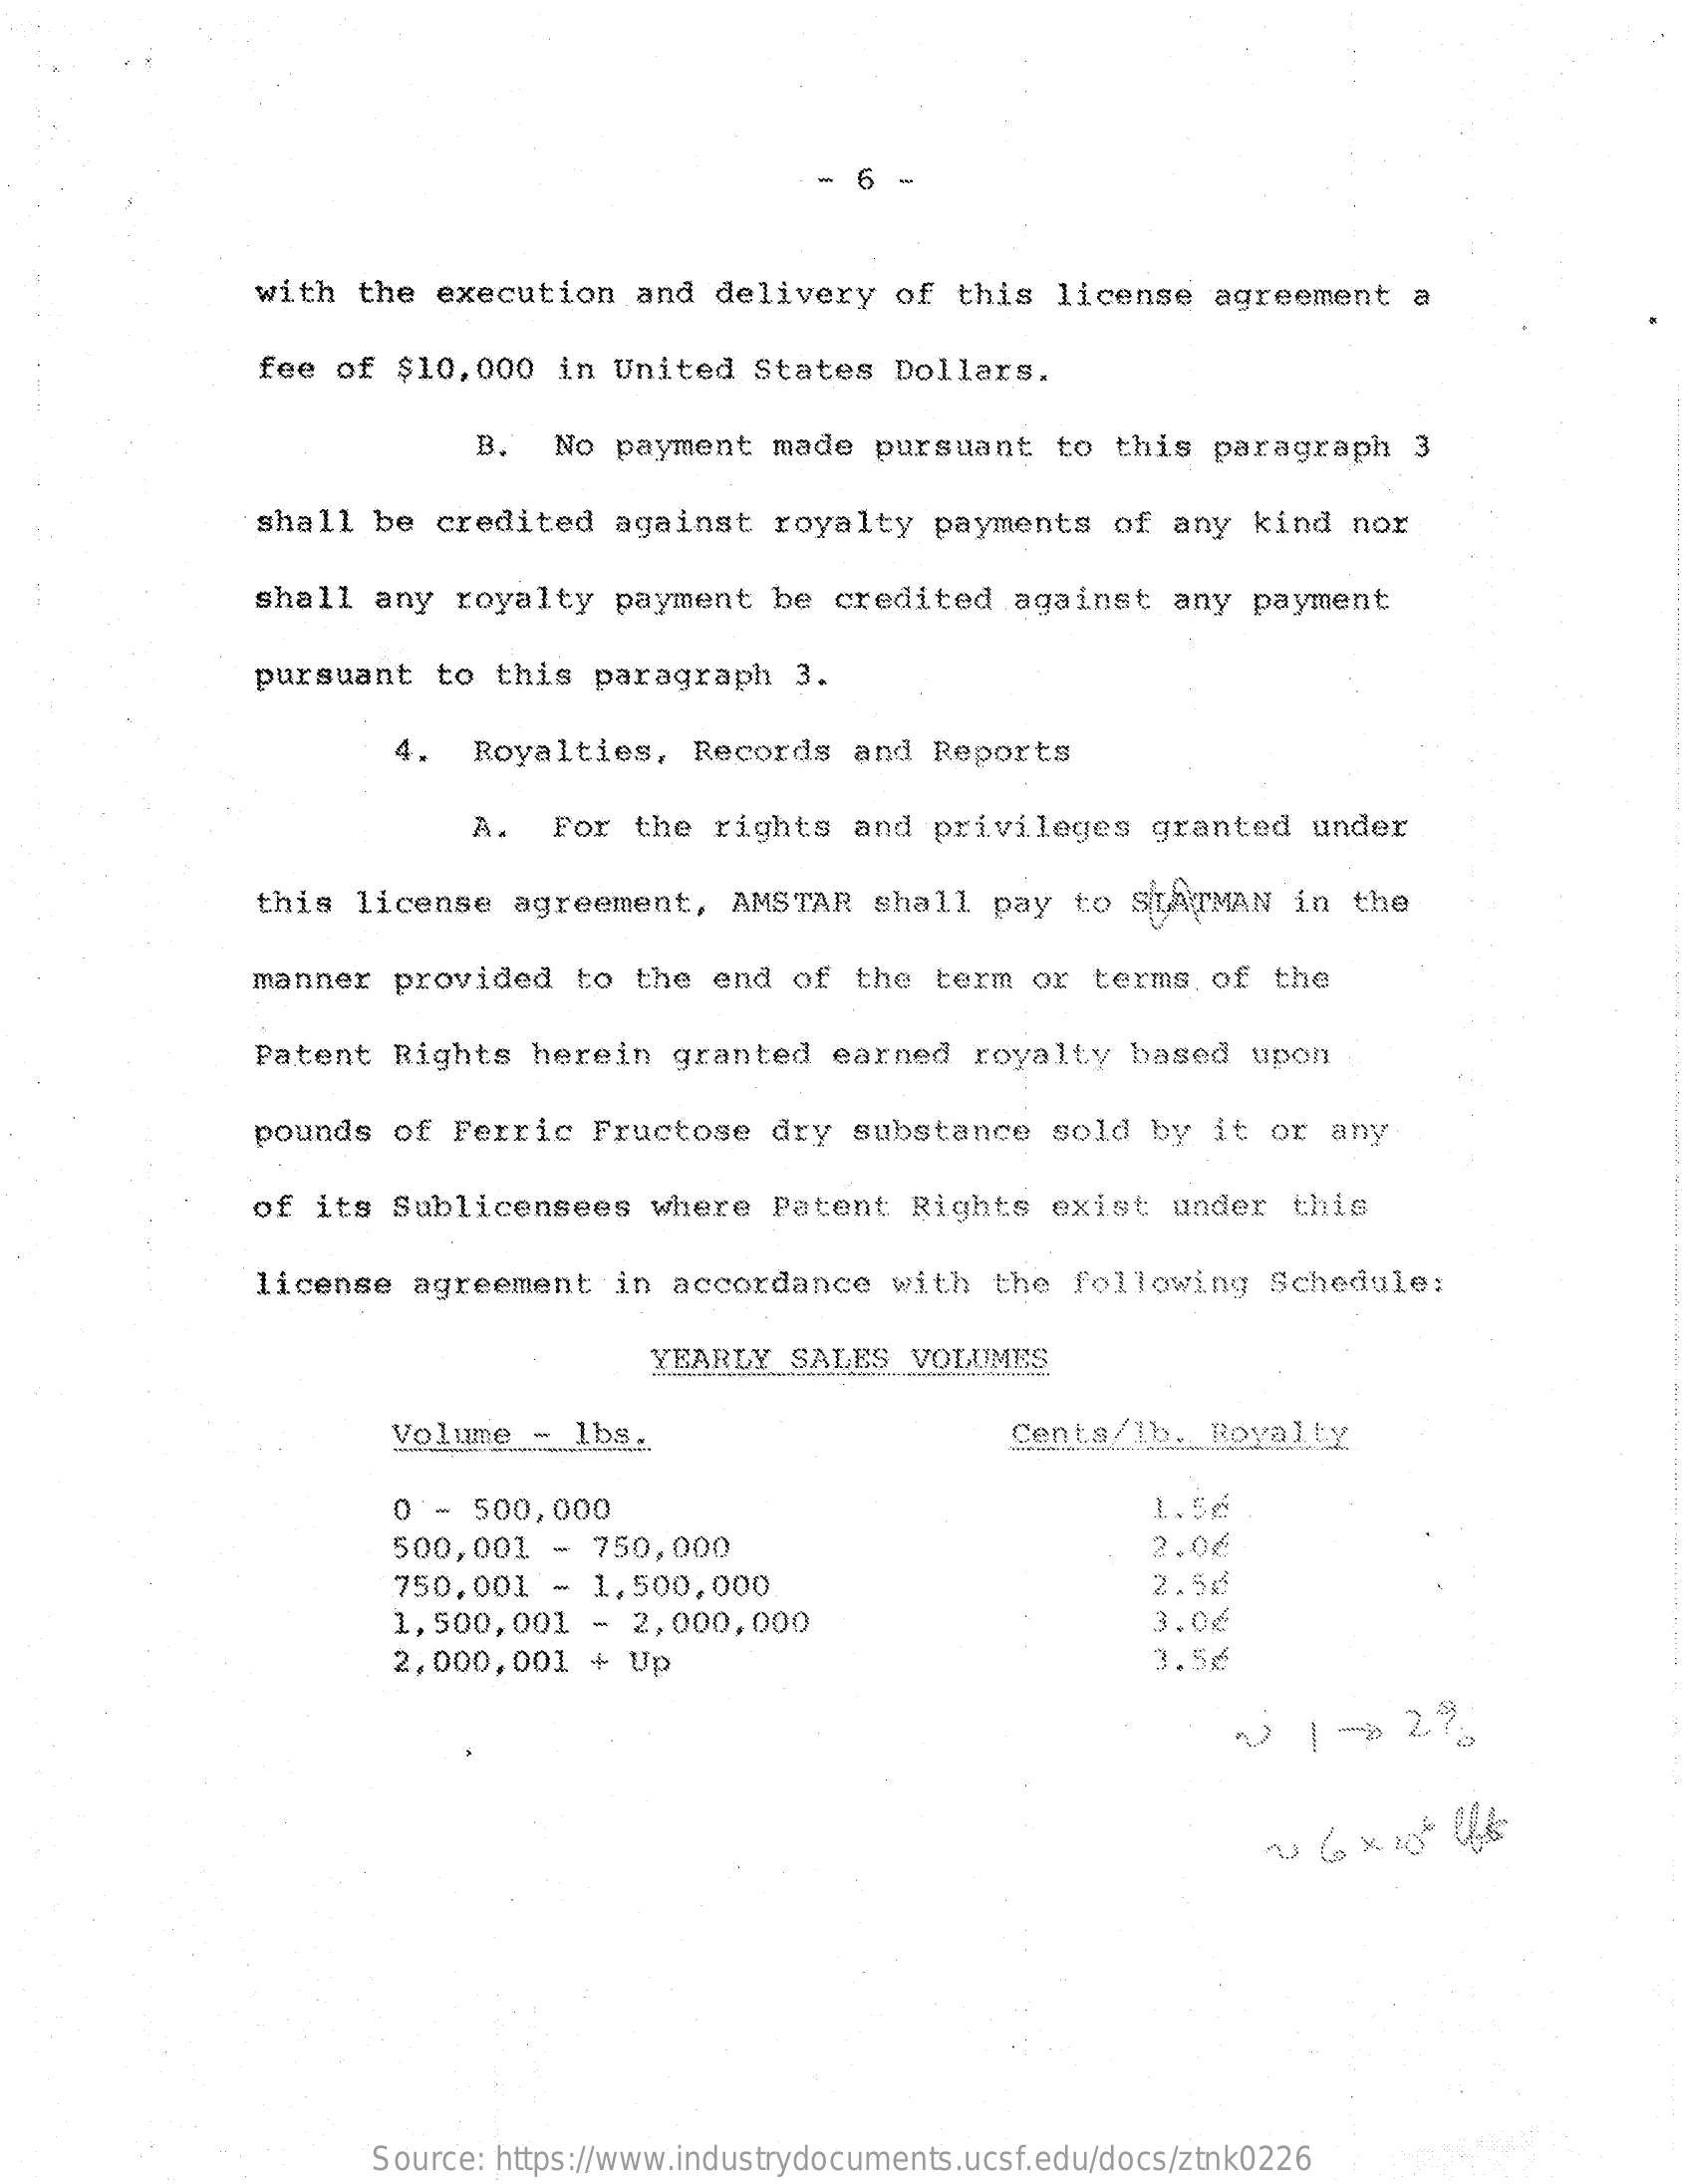
6
     with  the  execution    and  delivery   of  this  license   agreement    a
     fee  of  $10,000   in United   States   Dollars.
     B.   No payment   made   pursuant   to  this  paragraph    3
     shall   be credited   against    royalty   payments   of  any  kind  nor
     shall  any   royalty  payment   be  credited    against   any  payment
     pursuant   to  this  paragraph    3.
     4.   Royalties,   Records   and  Reports
     A.   For  the  rights   and  privileges   granted   under
     this  license   agreement,    AMSTAR   shall  pay  to  SLATMAN   in  the
     manner   provided   to  the  end  of  the  term  or  terms  of  the
     Patent  Rights   herein   granted   earned   royalty   based   upon
     pounds   of Ferric   Fructose   dry   substance   sold  by  it  or  any
     of  its Sublicensees    where  Patent   Rights   exist   under  this
     license   agreement    in accordance    with  the  following    Schedule:
     YEARLY   SALES  VOLUMES
     ....
     Volume   - 1bs.    Cents/1b.   Royalby
     0 -  500,000    1.56
     500,001   - 750,000    2.06
     750,001   - 1,500,000    2.56
     1,500,001   -  2,000,000    3.06
     2,000,001   + Up    3.56
     en:
     0
     Source: https://www.industrydocuments.ucsf.edu/docs/ztnk0226